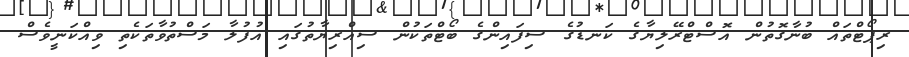
ރިޕޯޓްތައް ބުނާގޮތުން އޮސްޓްރޭލިޔާގެ ކަނޑުގެ ސިފައިންގެ ބޯޓްތަކުން ސިއްރިޔާތުގައި އުފުލާ މަސްތުވާތަކެތި ވިއްކަނީވެސް